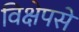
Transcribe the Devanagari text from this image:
विक्षेपसे